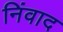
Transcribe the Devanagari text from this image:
निंवाद